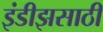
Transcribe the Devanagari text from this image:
इंडीझसाठी